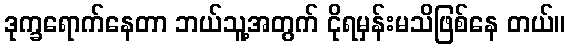
ဒုက္ခရောက်နေတာ ဘယ်သူ့အတွက် ငိုရမှန်းမသိဖြစ်နေ တယ်။